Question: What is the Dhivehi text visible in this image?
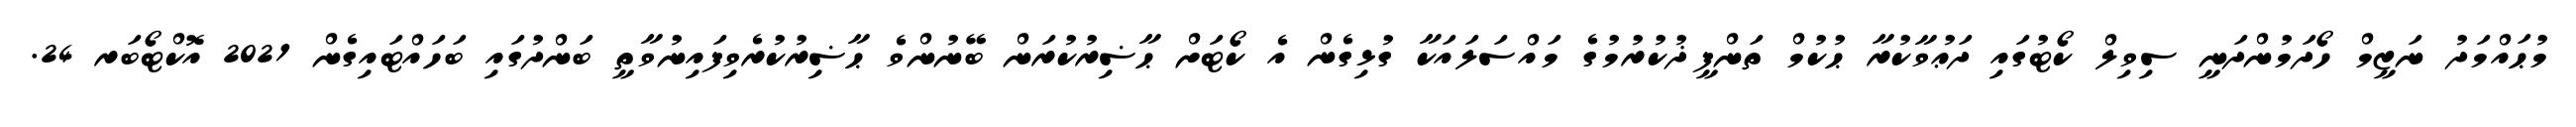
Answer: މުޙައްމަދު ނަޒީމް ހޯދަމުންދަނީ ސިވިލް ކޯޓުގައި ދަޢުވާކުރާ ޙުކުމް ތަންފީޛުކުރުމުގެ މައްސަލައަކާ ގުޅިގެން އެ ކޯޓަށް ޙާޟިރުކުރަން ބޭނުންވެ ޙާޟިރުކުރެވިފައިނުވާތީ ބަންދުގައި ބަހައްޓައިގެން 2021 އޮކްޓޯބަރ 24.